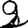
Digit: 2